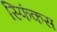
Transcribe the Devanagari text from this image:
स्फिंकस